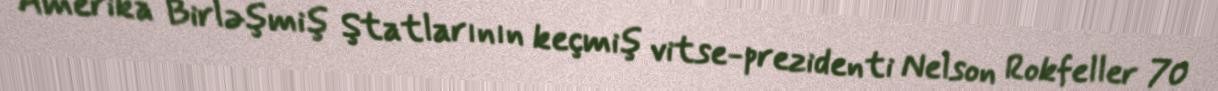
Amerika Birləşmiş Ştatlarının keçmiş vitse-prezidenti Nelson Rokfeller 70